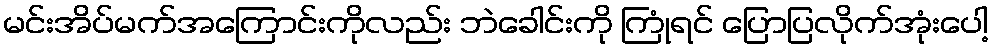
မင်းအိပ်မက်အကြောင်းကိုလည်း ဘဲခေါင်းကို ကြုံရင် ပြောပြလိုက်အုံးပေါ့